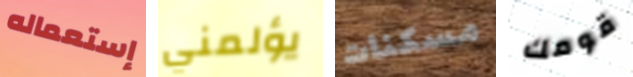
إستعماله يؤلمني مسكنات قومك